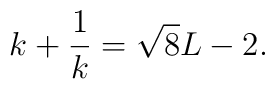
k + \frac{1}{k} = \sqrt{8} L - 2.